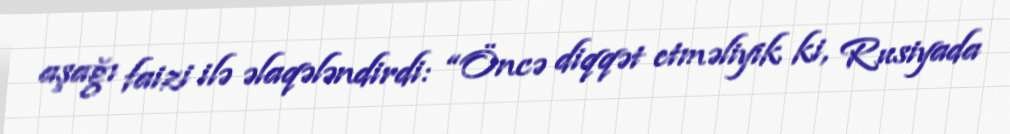
aşağı faizi ilə əlaqələndirdi: “Öncə diqqət etməliyik ki, Rusiyada